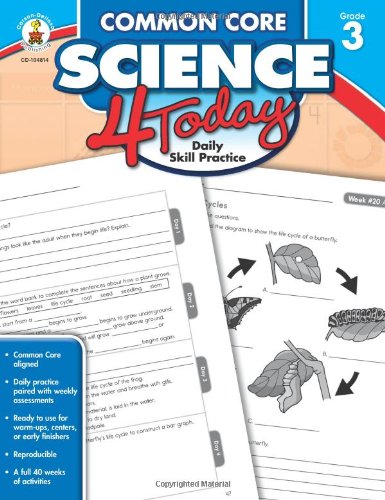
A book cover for Common Core Science 4 Today, Grade 3: Daily Skill Practice (Common Core 4 Today); Education & Teaching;